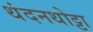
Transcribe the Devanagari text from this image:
थंदनथोट्टा